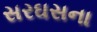
સરઘસના